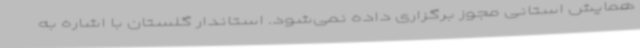
همایش استانی مجوز برگزاری داده نمی‌شود. استاندار گلستان با اشاره به